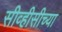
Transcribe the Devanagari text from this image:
सीव्हीसीच्या